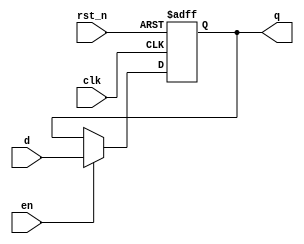
module register (
    input wire clk,        // Clock input
    input wire rst_n,     // Active-low reset
    input wire en,        // Enable signal
    input wire [3:0] d,   // 4-bit data input
    output reg [3:0] q    // 4-bit data output (register state)
);

    // Always block sensitive to the rising edge of the clock or the reset signal
    always @(posedge clk or negedge rst_n) begin
        if (!rst_n) begin
            // Asynchronous reset
            q <= 4'b0000; // Reset output to 0
        end else if (en) begin
            // Load data into the register if enabled
            q <= d; // Non-blocking assignment
        end
        // If not reset and not enabled, retain the current state of q
    end

endmodule